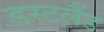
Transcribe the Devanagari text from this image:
डस्टलैंड